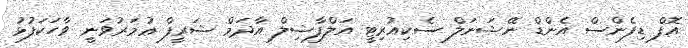
އޮފް ޑިފެންސް އެންޑް ނޭޝަނަލް ސެކިއުރިޓީ އަލްފާޟިލް އާދަމް ޝަރީފް ޢުމަރުވަނީ ވާހަކަފުޅު